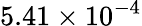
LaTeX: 5.41\times{10^{-4}}